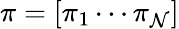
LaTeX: \pi=[\pi_{1}\cdots\pi_{\mathcal{N}}]